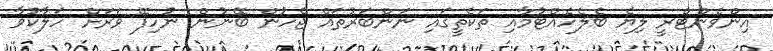
އިންވެންޓްރީ ލިޔެ ބެލެހެއްޓުމާއި ތަކެތީގައި ނަންބަރުތައް ޖެހުން ބޭނުން ނުހިފޭ ވަރަށް ހަލާކުވާ